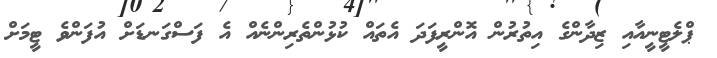
ޕްލެޓީނީއާއި ޒިދާންގެ އިތުރުން އޮންރީފަދަ އެތައް ކުޅުންތެރިންނެއް އެ ފަސްގަނޑަށް އުފަންވެ ޓީމަށް